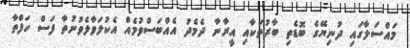
މައްސަލާގައި ދުނިޔޭގެ ބޮޑެތި ބާރުތަކާއި އީރާނާ ދެމެދު އެއްބަސްވުމެއް އެކުލަވާލެވުނުތާ ފަސް ހަފްތާ